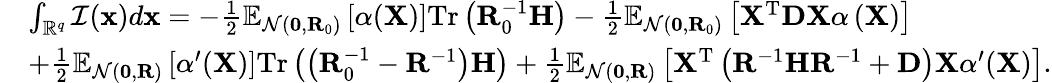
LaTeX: \begin{array}{rl}&{\int_{\mathbb{R}^{q}}\mathcal{I}(\mathbf{x})d\mathbf{x}=-\frac{1}{2}\mathbb{E}_{\mathcal{N}(\mathbf{0},\mathbf{R}_{0})}\left[\alpha(\mathbf{X})\right]\mathrm{Tr}\left(\mathbf{R}_{0}^{-1}\mathbf{H}\right)-\frac{1}{2}\mathbb{E}_{\mathcal{N}(\mathbf{0},\mathbf{R}_{0})}\left[\mathbf{X}^{\mathrm{T}}\mathbf{D}\mathbf{X}\alpha\left(\mathbf{X}\right)\right]}\\ &{+\frac{1}{2}\mathbb{E}_{\mathcal{N}(\mathbf{0},\mathbf{R})}\left[\alpha^{\prime}(\mathbf{X})\right]\mathrm{Tr}\left(\left(\mathbf{R}_{0}^{-1}-\mathbf{R}^{-1}\right)\mathbf{H}\right)+\frac{1}{2}\mathbb{E}_{\mathcal{N}(\mathbf{0},\mathbf{R})}\left[\mathbf{X}^{\mathrm{T}}\left(\mathbf{R}^{-1}\mathbf{H}\mathbf{R}^{-1}+\mathbf{D}\right)\mathbf{X}\alpha^{\prime}(\mathbf{X})\right].}\end{array}